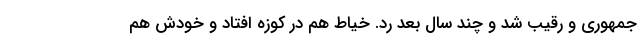
جمهوری و رقیب شد و چند سال بعد رد. خیاط هم در کوزه افتاد و خودش هم